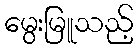
မွေးမြူသည့်